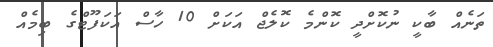
ތަނެއް ބާކީ ނުކޮށްދީ ކޮންމެ ކޮލެޖް އަކަށް 10 ހާސް އަކަފޫޓްގެ ބިމެއް